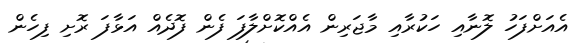
އެއަށްފަހު ލޮނާއި ހަކުރާއި މާޖަރިން އެއްކޮށްލާފަ ފެން ފޮދެއް އަޅާފަ ރޮށި ފިހެން